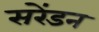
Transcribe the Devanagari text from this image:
सरेंडन